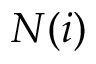
N ( i )